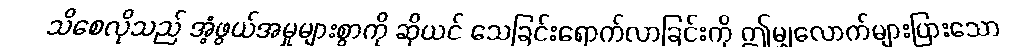
သိစေလိုသည် အံ့ဖွယ်အမှုများစွာကို ဆိုယင် သေခြင်းရောက်လာခြင်းကို ဤမျှလောက်များပြားသော